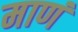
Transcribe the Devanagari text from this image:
माणं